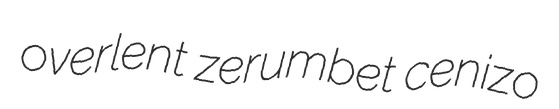
overlent zerumbet cenizo